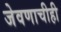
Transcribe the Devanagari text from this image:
जेवणाचीही